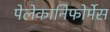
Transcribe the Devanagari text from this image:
पेलेकानिफोर्मेस